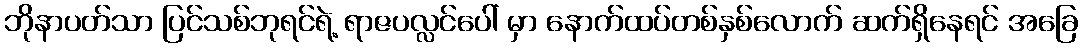
ဘိုနာပတ်သာ ပြင်သစ်ဘုရင်ရဲ့ ရာဇပလ္လင်ပေါ် မှာ နောက်ထပ်တစ်နှစ်လောက် ဆက်ရှိနေရင် အခြေ